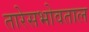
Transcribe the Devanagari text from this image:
तारेसभोवताल